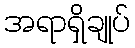
အရာရှိချုပ်